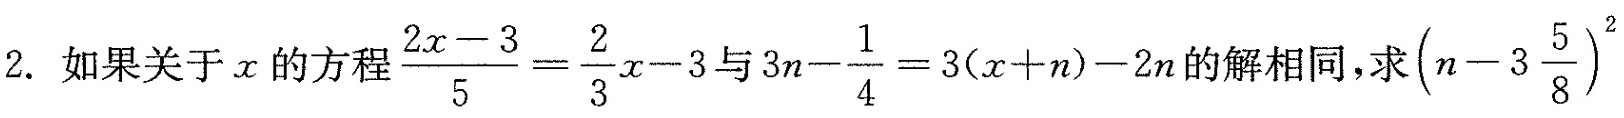
2.如果关于x的方程$$\frac { 2 x - 3 } { 5 } = \frac { 2 }{ 3 } x - 3$$与$$3 n - \frac { 1 } { 4 } = 3 ( x + n ) - 2 n$$的解相同，求$$( n - 3 \frac { 5 } { 8 } ) ^ { 2 }$$